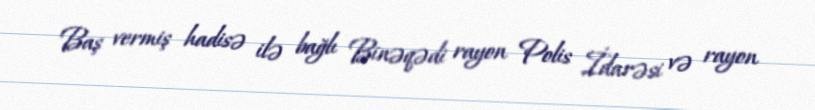
Baş vermiş hadisə ilə bağlı Binəqədi rayon Polis İdarəsi və rayon